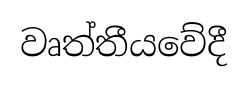
වෘත්තීයවේදී